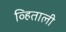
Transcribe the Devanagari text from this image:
व्हिताली